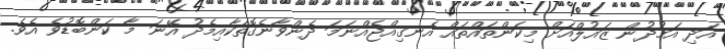
އަދި އަމުދުން ޒައުލްއަށް މިކަންތައްތައް އެނގިއްޖެއްނަމަ ދެންވާނެގޮތަކާއިމެދު އޭނަ މާ ކަންބޮޑުވެ އެވެ.